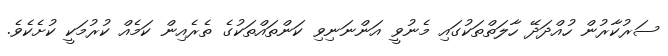
ސަރުކާރުން ހުއްދަދޭ ހާލަތްތަކުގައި މެނުވީ އަންނަނިވި ކަންތައްތަކުގެ ތެރެއިން ކަމެއް ކުރުމަކީ ކުށެކެވެ.